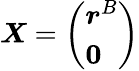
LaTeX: \begin{array}{r}{\boldsymbol{X}=\left(\begin{array}{l}{\boldsymbol{r}^{B}}\\ {\boldsymbol{0}}\end{array}\right)}\end{array}